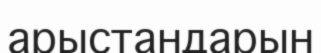
арыстандарын